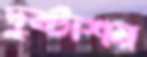
দুষ্টাশয়